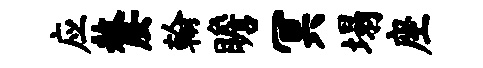
应嫠翰瞻冥塌座